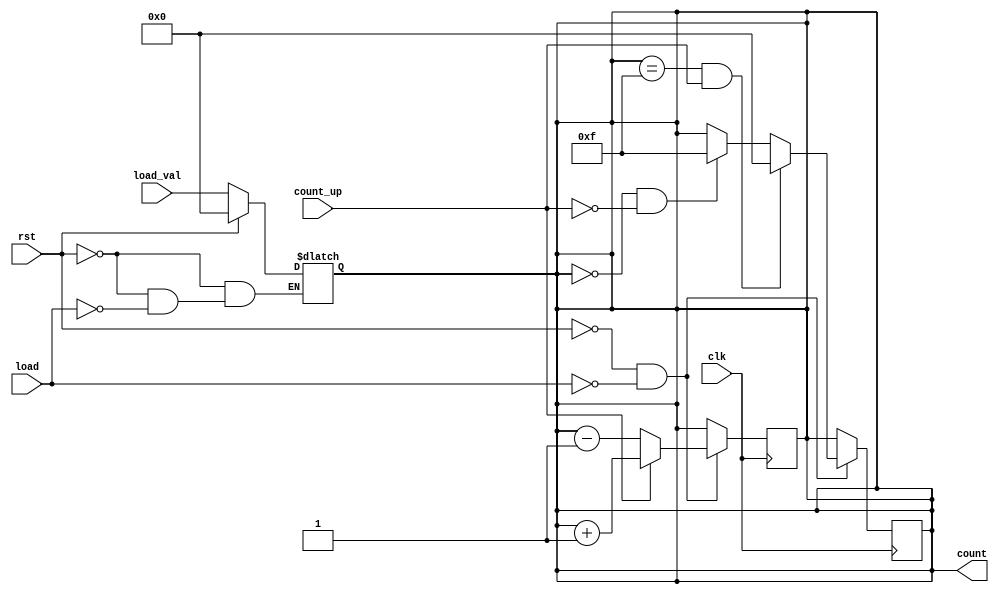
module async_load_counter (
    input wire clk,              // Clock signal
    input wire rst,              // Asynchronous reset signal
    input wire load,             // Asynchronous load signal
    input wire [3:0] load_val,   // Value to load into the counter
    input wire count_up,         // Control signal for counting direction
    output reg [3:0] count       // Current value of the counter
);

// Asynchronous reset and load logic
always @(*) begin
    if (rst) begin
        count = 4'b0000; // Reset counter to 0
    end else if (load) begin
        count = load_val; // Load specified value
    end
end

// Synchronous counting logic
always @(posedge clk) begin
    if (!rst && !load) begin // Only count if not in reset or load state
        if (count_up) begin
            count <= count + 1; // Increment counter
        end else begin
            count <= count - 1; // Decrement counter
        end
    end
end

// Handle overflow and underflow
always @(posedge clk) begin
    if (!rst && !load) begin
        if (count == 4'b1111 && count_up) begin
            count <= 4'b0000; // Wrap around on overflow
        end else if (count == 4'b0000 && !count_up) begin
            count <= 4'b1111; // Wrap around on underflow
        end
    end
end

endmodule